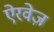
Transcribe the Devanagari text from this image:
ऐरवेज़